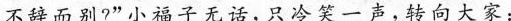
不辞而别?”小福子无话，只冷笑一声，转向大家：